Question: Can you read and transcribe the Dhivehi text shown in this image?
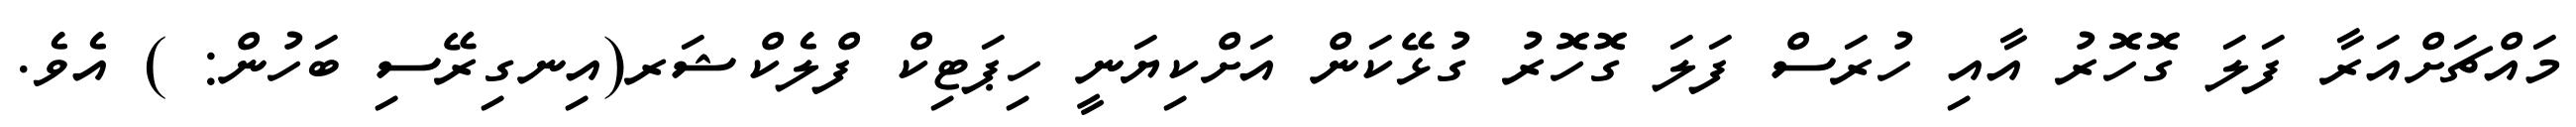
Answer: މައްޗަށްއަރާ ފަލަ ގޮހޮރު އާއި ހުރަސް ފަލަ ގޮހޮރު ގުޅޭކަން އަށްކިޔަނީ ހިޕަޓިކް ފްލެކްޝަރ(އިނގިރޭސި ބަހުން: ) އެވެ.